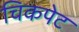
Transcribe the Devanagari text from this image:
चिकपेट